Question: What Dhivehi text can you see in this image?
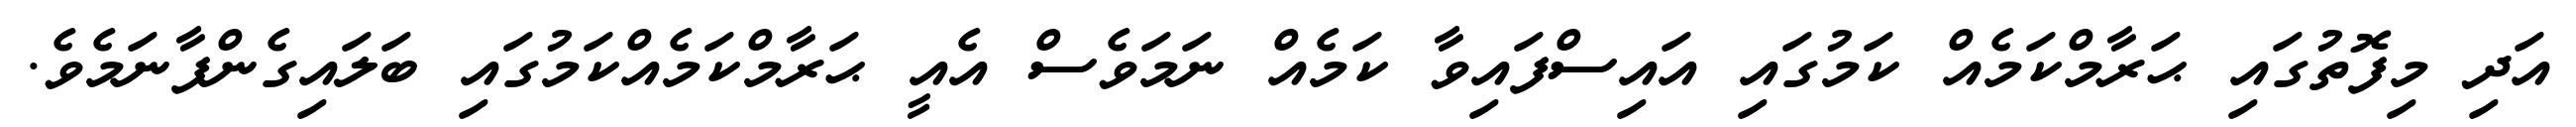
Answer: އަދި މިފޮތުގައި ޙަރާމްކަމެއް ކަމުގައި އައިސްފައިވާ ކަމެއް ނަމަވެސް އެއީ ޙަރާމްކަމެއްކަމުގައި ބަލައިގެންފާނަމެވެ.